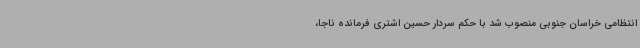
انتظامی خراسان جنوبی منصوب شد با حکم سردار حسین اشتری فرمانده ناجا،